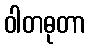
ဝါတဓုတာ